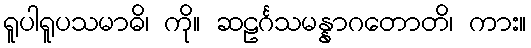
ရူပါရူပသမာဓိ၊ ကို။ ဆဠင်္ဂသမန္နာဂတောတိ၊ ကား။